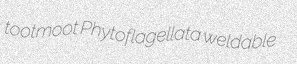
tootmoot Phytoflagellata weldable